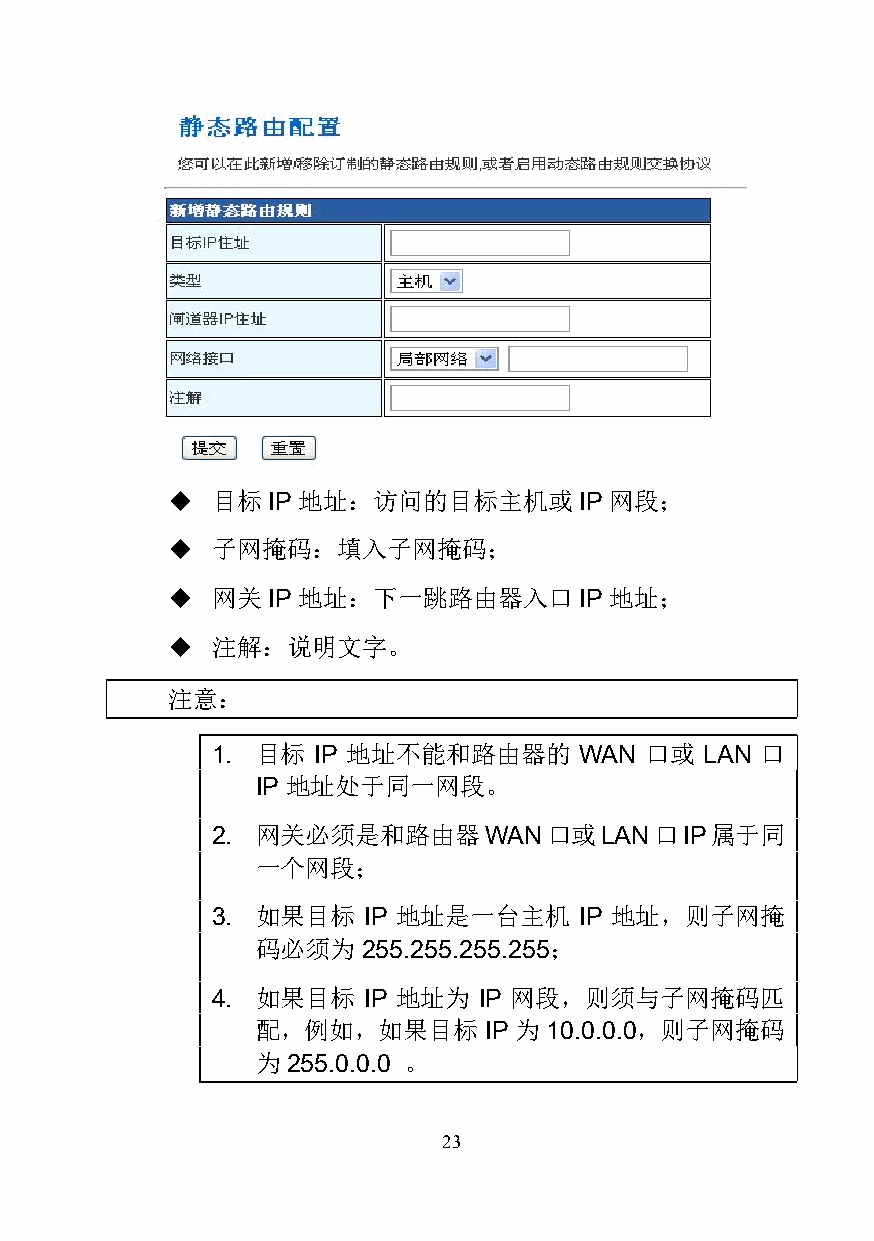
  目标  IP 地址：访问的目标主机或      IP 网段；
   子网掩码：填入子网掩码；
   网关  IP 地址：下一跳路由器入口      IP 地址；
   注解：说明文字。
 注意：
 1. 目标  IP 地址不能和路由器的     WAN  口或  LAN 口
 IP 地址处于同一网段。
 2. 网关必须是和路由器WAN口或LAN口IP属于同
 一个网段；
 3. 如果目标   IP 地址是一台主机    IP 地址，则子网掩
 码必须为   255.255.255.255；
 4. 如果目标   IP 地址为  IP 网段，则须与子网掩码匹
 配，例如，如果目标      IP 为 10.0.0.0，则子网掩码
 为 255.0.0.0 。
 23